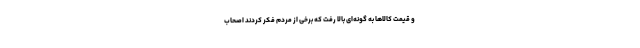
و قیمت کالاها به گونه‌ای بالا رفت که برخی از مردم فکر کردند اصحاب